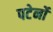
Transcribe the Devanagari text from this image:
पटेर्नो